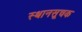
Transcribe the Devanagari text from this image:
स्थानसूचक